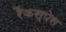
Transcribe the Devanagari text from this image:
रैकस्पेस